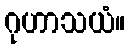
ဂုဟာသယံ။